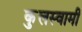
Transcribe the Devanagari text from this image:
कुुलस्वामी